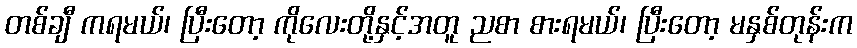
တစ်ချီ ကရမယ်၊ ပြီးတော့ ကိုလေးတို့နှင့်အတူ ညစာ စားရမယ်၊ ပြီးတော့ မနှစ်တုန်းက